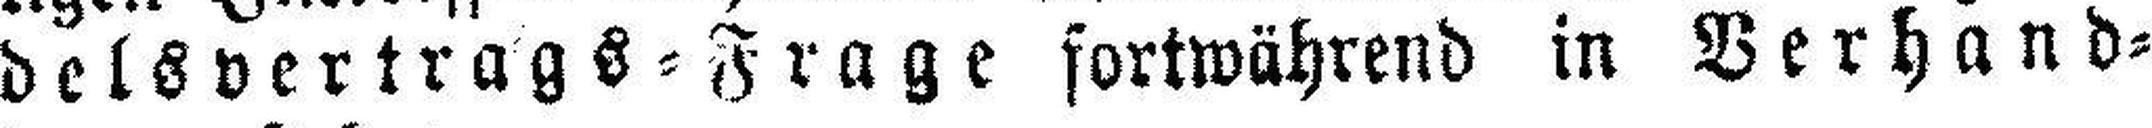
delsvertrags=Frage fortwährend in Verhand¬